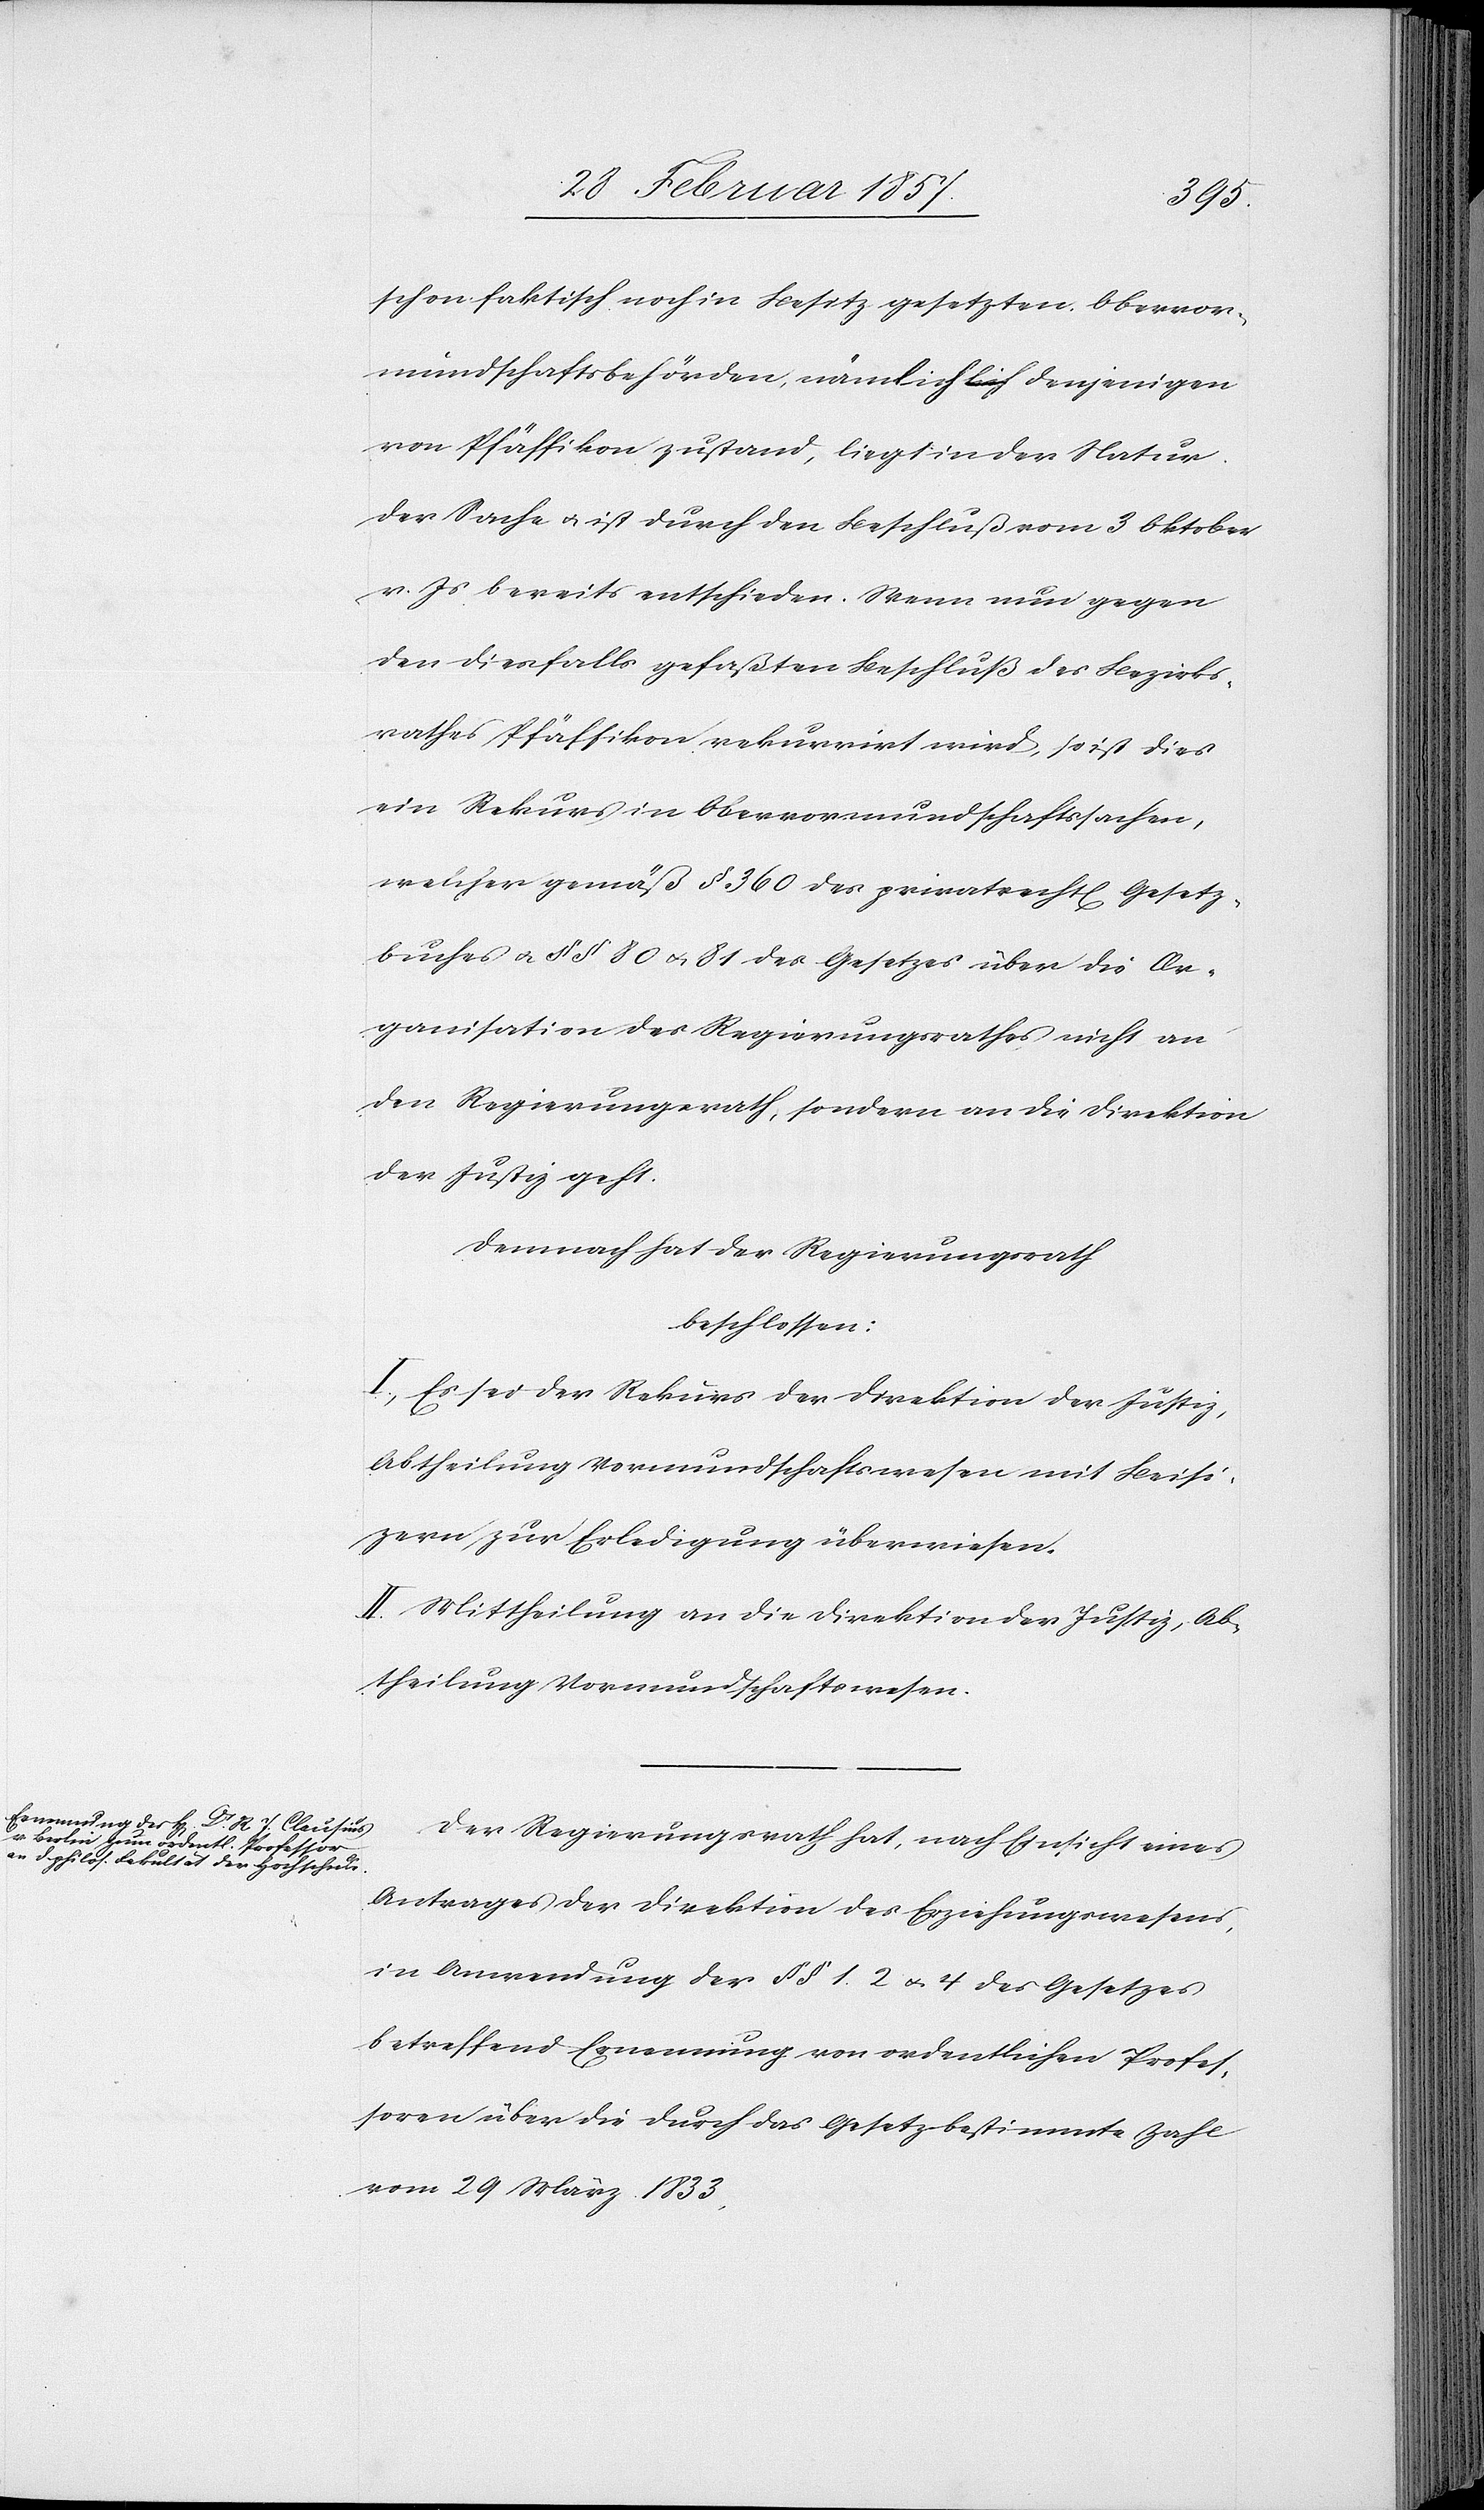
schon faktisch noch in Besitz gesetzten Obervor¬
mundschaftsbehörden, nämlich denjenigen
von Pfäffikon zustand, liegt in der Natur
der Sache u. ist durch den Beschluß vom 3 Oktober
v. Js bereits entschieden. Wenn nun gegen
den diesfalls gefaßten Beschluß des Bezirks¬
rathes Pfäffikon rekurrirt wird, so ist dies
ein Rekurs in Obervormundschaftssachen,
welcher gemäß § 360 des privatrecht[lichen] Gesetz¬
buches u. § § 80 u. 81 des Gesetzes über die Or¬
ganisation des Regierungsrathes nicht an
den Regierungsrath, sondern an die Direktion
der Justiz geht.
Demnach hat der Regierungsrath
beschlossen:
I. Es sei der Rekurs der Direktion der Justiz,
Abtheilung Vormundschaftswesen mit Beisi¬
zern zur Erledigung überwiesen.
II. Mittheilung an die Direktion der Justiz, Ab¬
theilung Vormundschaftswesen.
Der Regierungsrath hat, nach Einsicht eines
Antrages der Direktion des Erziehungswesens,
in Anwendung der § § 1. 2. u. 4 des Gesetzes
betreffend Ernennung von ordentlichen Profes¬
soren über die durch das Gesetz bestimmte Zahl
vom 29 März 1833,